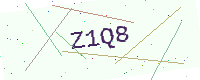
Text: Z1Q8